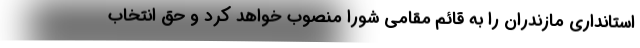
استانداری مازندران را به قائم مقامی شورا منصوب خواهد کرد و حق انتخاب